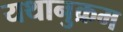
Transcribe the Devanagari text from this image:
यथानुक्रम